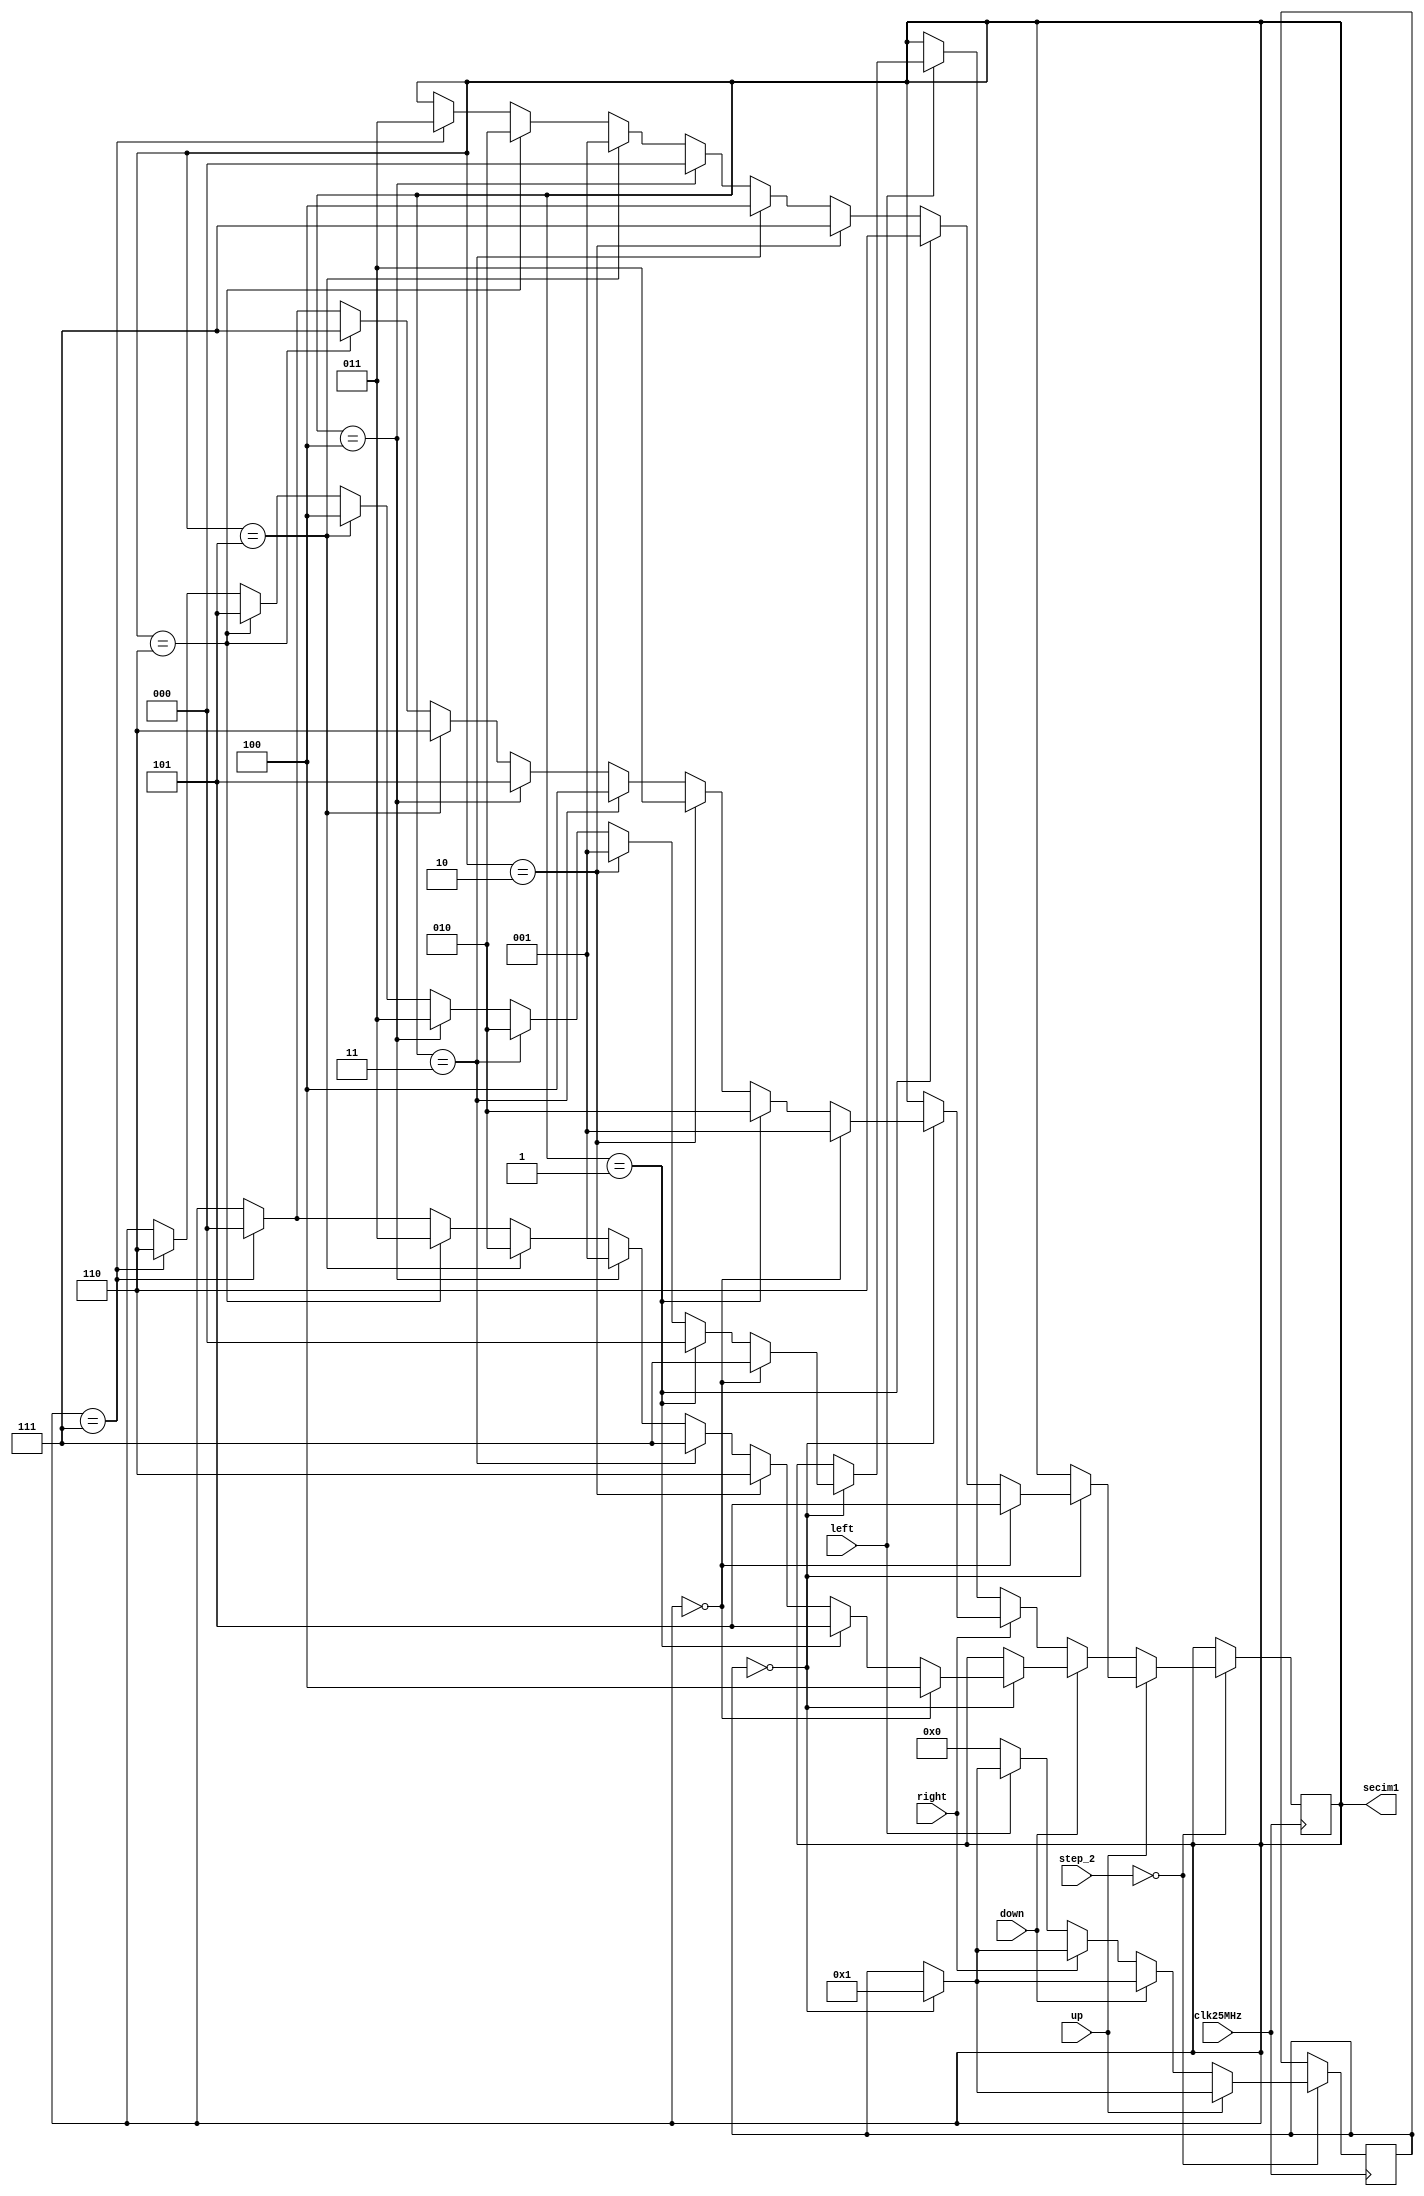
module choose(
	input clk25MHz,
	input up,
	input down,
	input right,
	input left,
	input [3:0] step_2,
	
	output reg [2:0] secim1
    );
	 
	 parameter [2:0] kare0=3'b000, kare1=3'b001, kare2=3'b010, kare3=3'b011, kare4=3'b100, kare5=3'b101, kare6=3'b110, kare7=3'b111;
	 integer mover=0;
	initial
		secim1<=3'b000;
	
	
	always@(posedge clk25MHz)begin
		if(step_2==4'b0000)begin
			if(up)begin
				if(mover==0)begin
					mover=1;
					if(secim1==3'b000)
						secim1=kare5;
					else if(secim1==3'b001)
						secim1=kare6;
					else if(secim1==3'b010)
						secim1=kare7;
					else if(secim1==3'b011)
						secim1=kare4;
					else if(secim1==3'b100)
						secim1=kare0;
					else if(secim1==3'b101)
						secim1=kare1;
					else if(secim1==3'b110)
						secim1=kare2;
					else if(secim1==3'b111)
						secim1=kare3;
				end
			end
			else if(down)begin
				if(mover==0)begin
					mover=1;
					if(secim1==3'b000)
						secim1=kare4;
					else if(secim1==3'b001)
						secim1=kare5;
					else if(secim1==3'b010)
						secim1=kare6;
					else if(secim1==3'b011)
						secim1=kare7;
					else if(secim1==3'b100)
						secim1=kare1;
					else if(secim1==3'b101)
						secim1=kare2;
					else if(secim1==3'b110)
						secim1=kare3;
					else if(secim1==3'b111)
						secim1=kare0;
				end
			end
			else if(right)begin
				if(mover==0)begin
					mover=1;
					if(secim1==3'b000)
						secim1=kare1;
					else if(secim1==3'b001)
						secim1=kare2;
					else if(secim1==3'b010)
						secim1=kare3;
					else if(secim1==3'b011)
						secim1=kare4;
					else if(secim1==3'b100)
						secim1=kare5;
					else if(secim1==3'b101)
						secim1=kare6;
					else if(secim1==3'b110)
						secim1=kare7;
					else if(secim1==3'b111)
						secim1=kare0;		
				end
			end
			else if(left)begin
				if(mover==0)begin
					mover=1;
					if(secim1==3'b000)
						secim1=kare7;
					else if(secim1==3'b001)
						secim1=kare0;
					else if(secim1==3'b010)
						secim1=kare1;
					else if(secim1==3'b011)
						secim1=kare2;
					else if(secim1==3'b100)
						secim1=kare3;
					else if(secim1==3'b101)
						secim1=kare4;
					else if(secim1==3'b110)
						secim1=kare5;
					else if(secim1==3'b111)
						secim1=kare6;
				end
			end
			else 
				mover=0;
		end
	end

endmodule